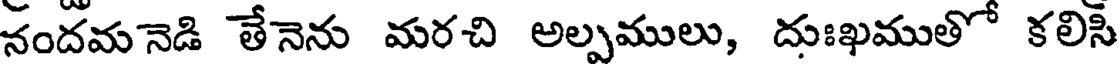
నందమనెడి తేనెను మరచి అల్పములు, దుఃఖముతో కలిసి